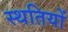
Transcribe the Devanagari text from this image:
स्थतियों